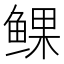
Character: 𫚝